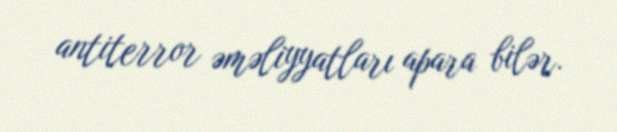
antiterror əməliyyatları apara bilər.